Report of the Municipal Commissioner on the plague in Bombay for the year ending 31st May... - Volume 3
Disease focus: Plague
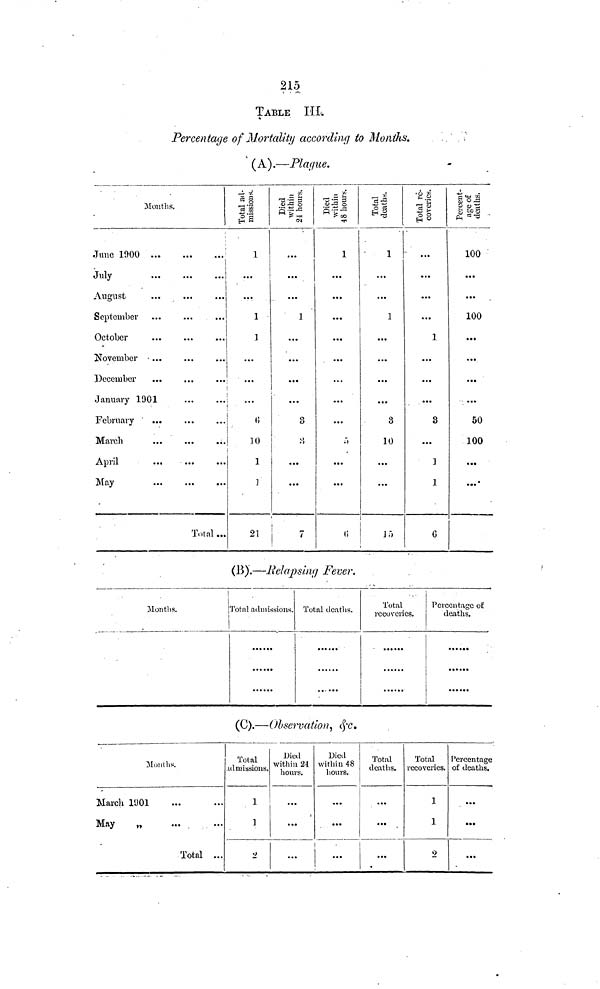
215
TABLE III.
Percentage of Mortality according to Months.
(A).—Plat/ue.
Months.
June 1900
July
,
August
September
October
November • ...
January 1901
February
March
April
May
Total ...
10
21
...
...
...
...
...
...
7
...
...
...
...
...
...
...
...
...
...
...
...
l
...
...
...
...
10
...
...
...
...
...
...
...
...
...
...
1
100
...
—
100
...
...
...
...
50
100
• ••
...•
(B).—Relapsing Fever.
\
Months.
!Total admissions. Total deaths.
Total
recoveries.
Percentage ou
deaths.
(C).—Observation, &C.
Month.«.
March 1901
May
„
...
Total ...
Total
idmiasions.
1
Died
within 24
hours.
...
...
...
Died
within 48
hours.
...
...
.
Total
deaths.
...
...
Total
recoveries.
1
1
2
Percentage
of deaths.
•••
...